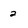
Character: 2